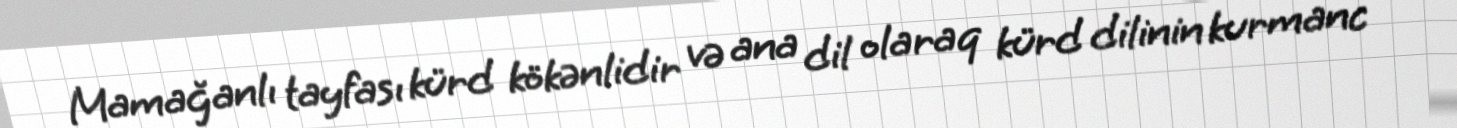
Mamağanlı tayfası kürd kökənlidir və ana dil olaraq kürd dilinin kurmanc